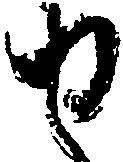
せ